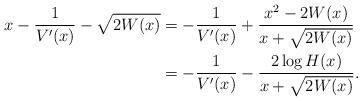
LaTeX: \begin{align*}x - \frac{1}{V'(x)} - \sqrt{2W(x)} & =- \frac{1}{V'(x)} + \frac{x^2 - 2W(x)}{x + \sqrt{2W(x)}} \\& =- \frac{1}{V'(x)} - \frac{2 \log H(x)}{x + \sqrt{2W(x)}} . \end{align*}